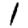
Digit: 1